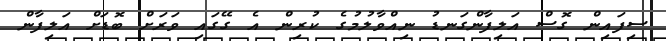
ސިފައިން ގޮސް އަލިފާންގަނޑު ނިއްވާލުމުގެ ކުރިން އެ ގޭގައި ވަރަށް ބޮޑަށް އަލިފާން